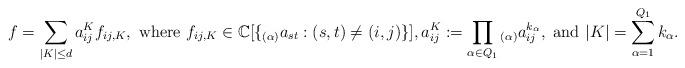
LaTeX: \begin{align*} f = \sum_{|K|\leq d} a_{ij}^K f_{ij,K}, \mbox{ where } f_{ij,K}\in \mathbb{C}[\{ {}_{(\alpha)}a_{st}: (s,t)\not=(i,j)\} ], a_{ij}^K := \prod_{\alpha\in Q_1} {}_{(\alpha)}a_{ij}^{k_{\alpha}}, \mbox{ and } |K|=\sum_{\alpha=1}^{Q_1} k_{\alpha}. \end{align*}